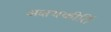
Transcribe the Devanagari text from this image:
अक्षयकीर्ति